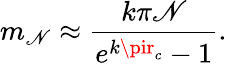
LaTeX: m_{\mathscr{N}}\approx\frac{{k\pi\mathscr{N}}}{{e^{k\pir_{c}}-1}}.